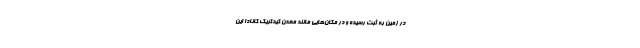
در زمین به ثبت رسیده و در مکان‌هایی مانند معدن کیدکریک کانادا این